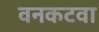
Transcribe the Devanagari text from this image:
वनकटवा